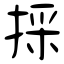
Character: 採